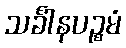
သင်္ခါနပဉ္စမံ